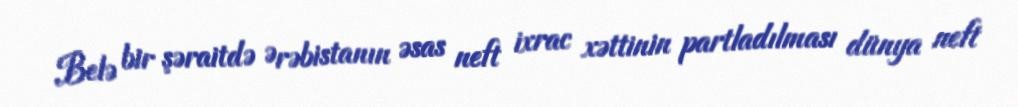
Belə bir şəraitdə Ərəbistanın əsas neft ixrac xəttinin partladılması dünya neft